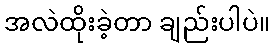
အလဲထိုးခဲ့တာ ချည်းပါပဲ။